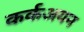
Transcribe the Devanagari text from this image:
कर्कअयन